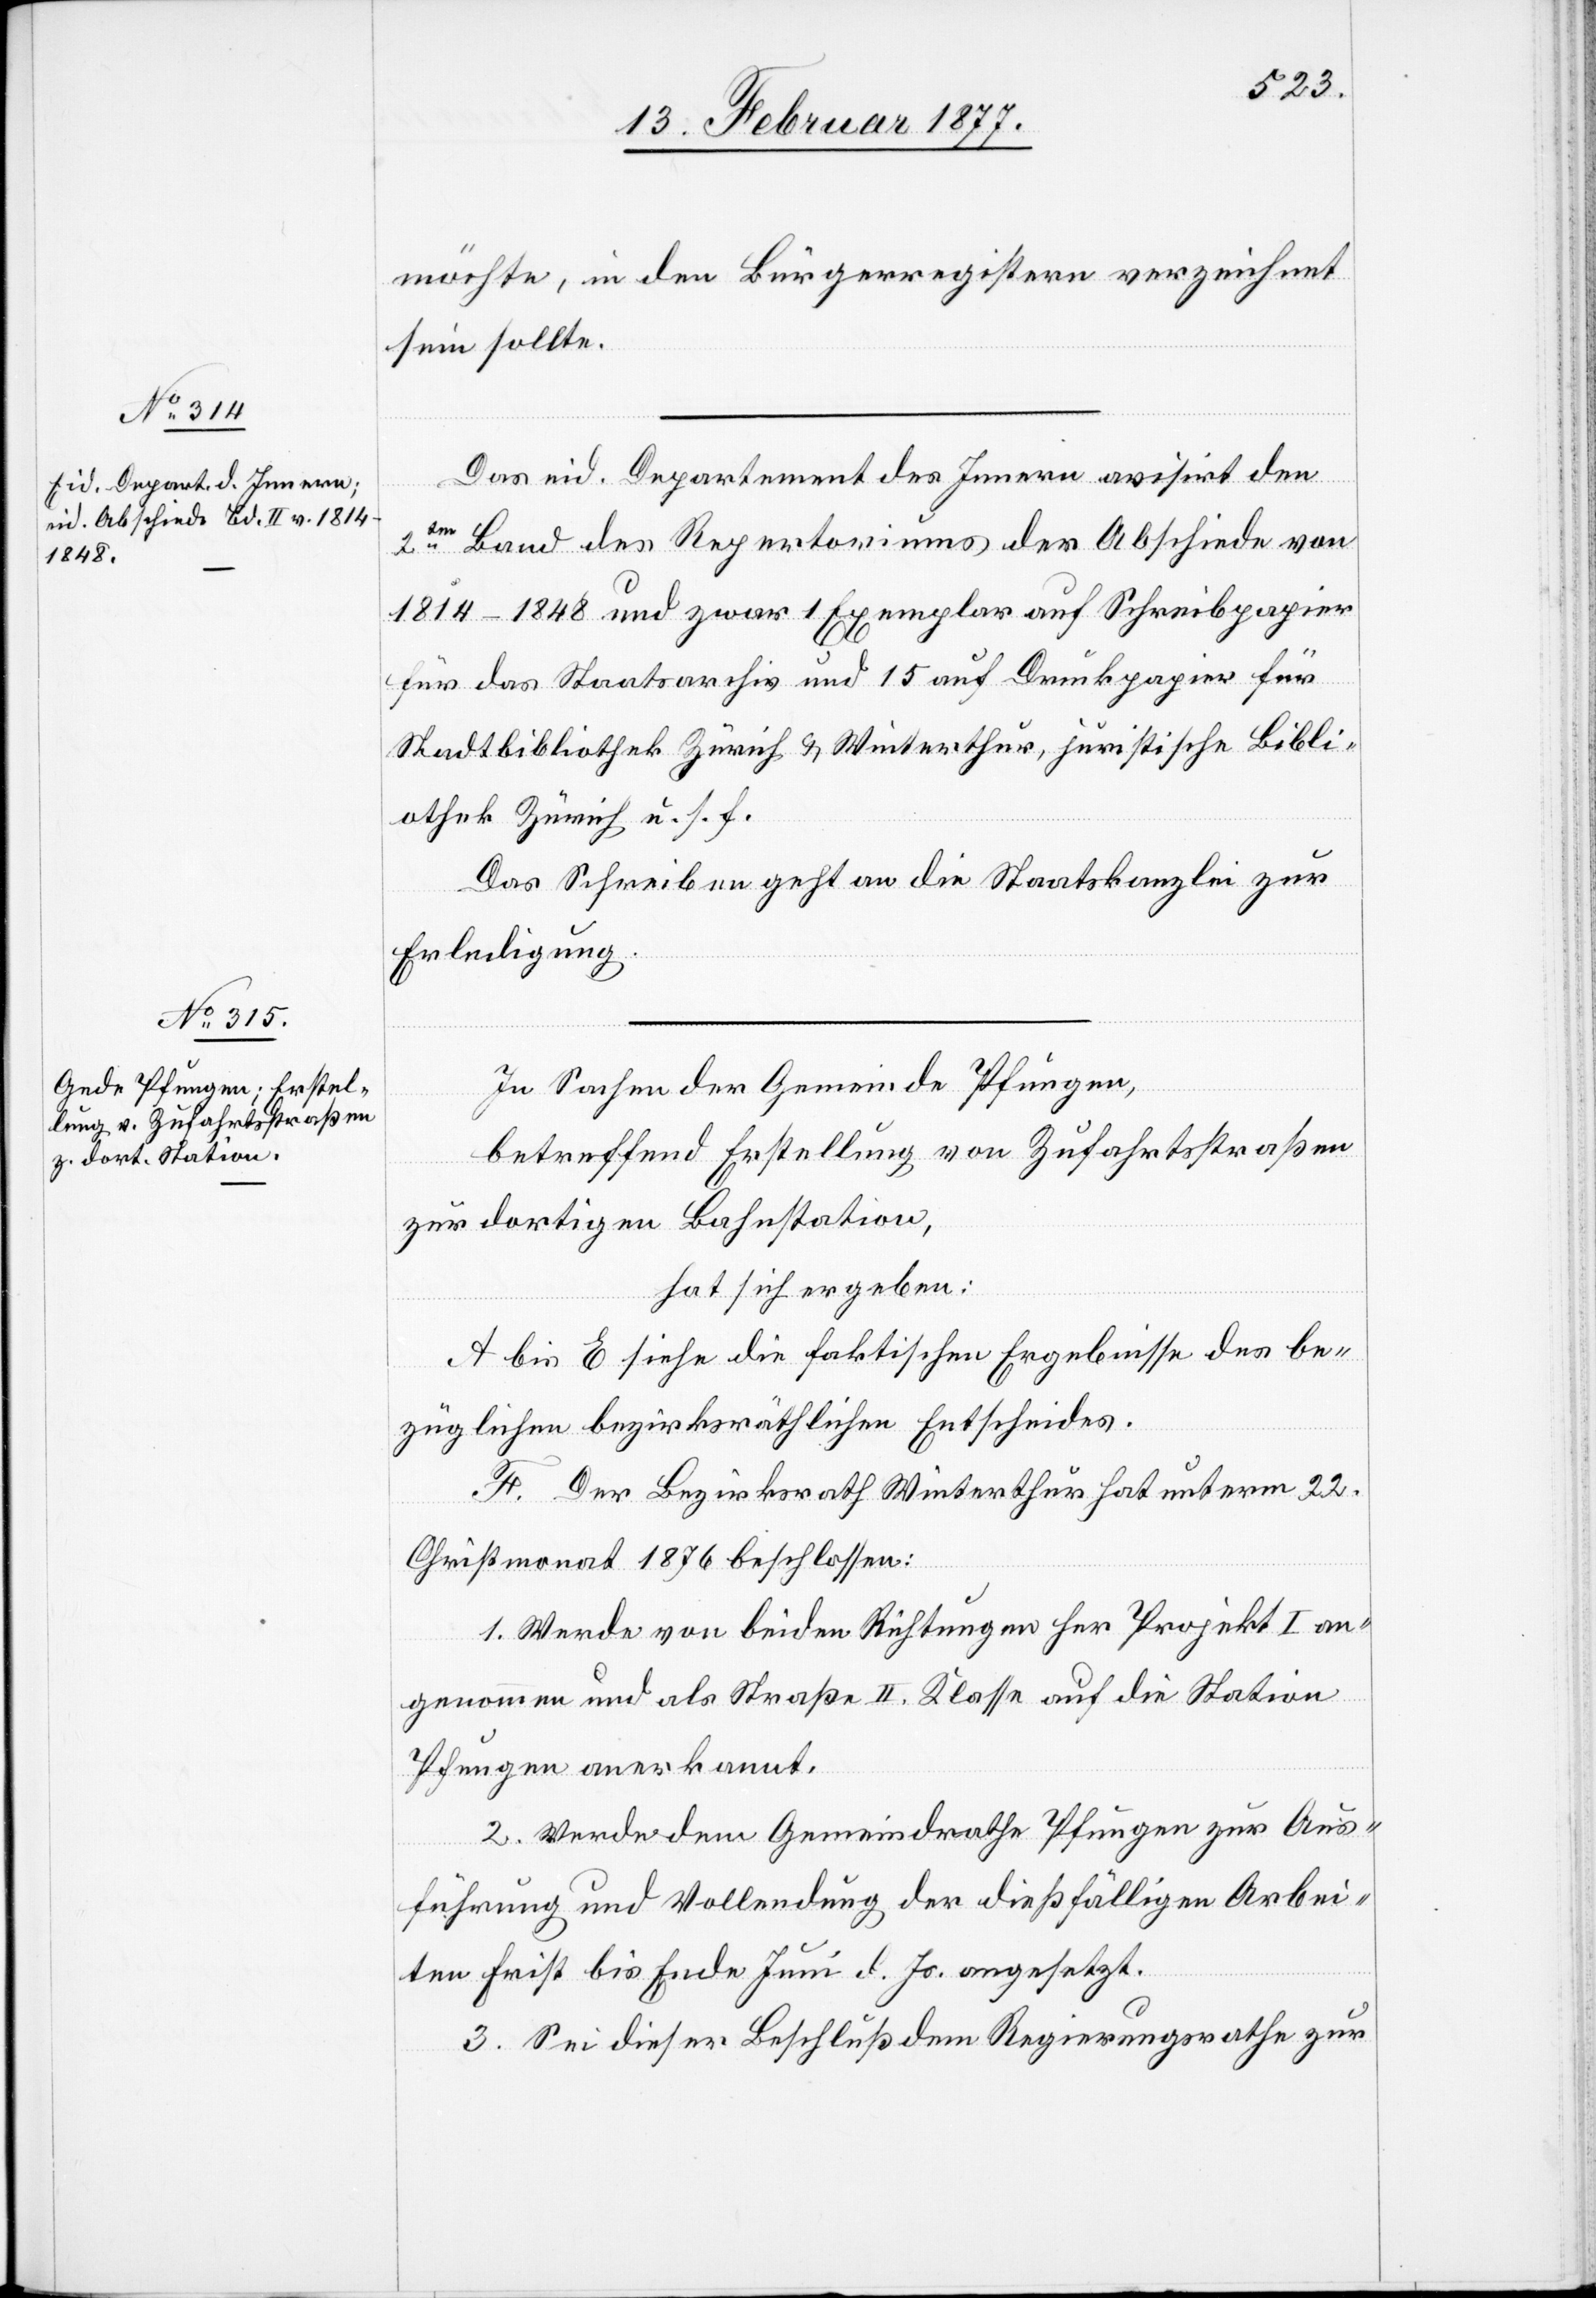
möchte, in den Bürgerregistern verzeichnet
sein sollte.
Das eid. Departement des Innern avisirt den
2ten Band des Repertoriums der Abschiede von
1814–1848 und zwar 1 Exemplar auf Schreibpapier
für das Staatsarchiv und 15 auf Druckpapier für
Stadtbibliothek Zürich & Winterthur, juristische Bibli¬
othek Zürich u. s. f.
Das Schreiben geht an die Staatskanzlei zur
Erledigung.
In Sachen der Gemeinde Pfungen,
betreffend Erstellung von Zufahrtsstraßen
zur dortigen Station,
hat sich ergeben:
A bis E siehe die faktischen Ergebnisse des be¬
züglichen bezirksräthlichen Entscheides.
F. Der Bezirksrath Winterthur hat unterm 22.
Christmonat 1876 beschlossen:
1. Werde von beiden Richtungen her Projekt I an¬
genommen und als Straße II. Klasse auf die Station
Pfungen anerkannt.
2. Werde dem Gemeindrathe Pfungen zur Aus¬
führung und Vollendung der dießfälligen Arbei¬
ten Frist bis Ende Juni d. Js. angesetzt.
3. Sei dieser Beschluß dem Regierungsrathe zur